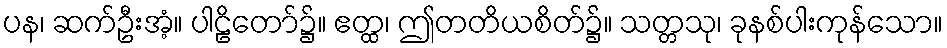
ပန၊ ဆက်ဦးအံ့။ ပါဠိတော်၌။ ဧတ္ထ၊ ဤတတိယစိတ်၌။ သတ္တသု၊ ခုနစ်ပါးကုန်သော။